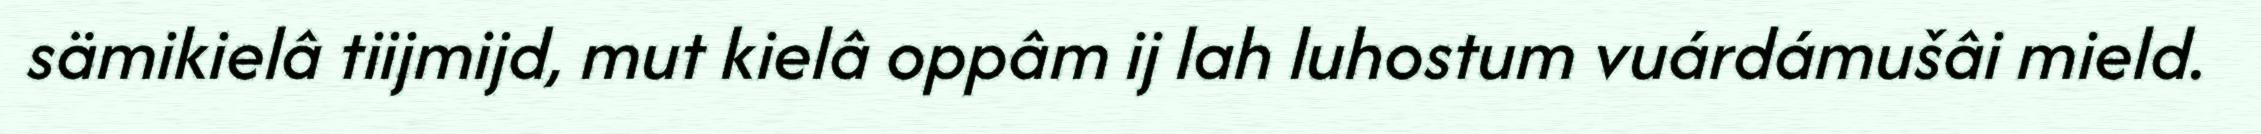
sämikielâ tiijmijd, mut kielâ oppâm ij lah luhostum vuárdámušâi mield.